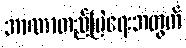
အာဏာတည်မြဲရေးအတွက်